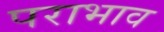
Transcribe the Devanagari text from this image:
पराभाव